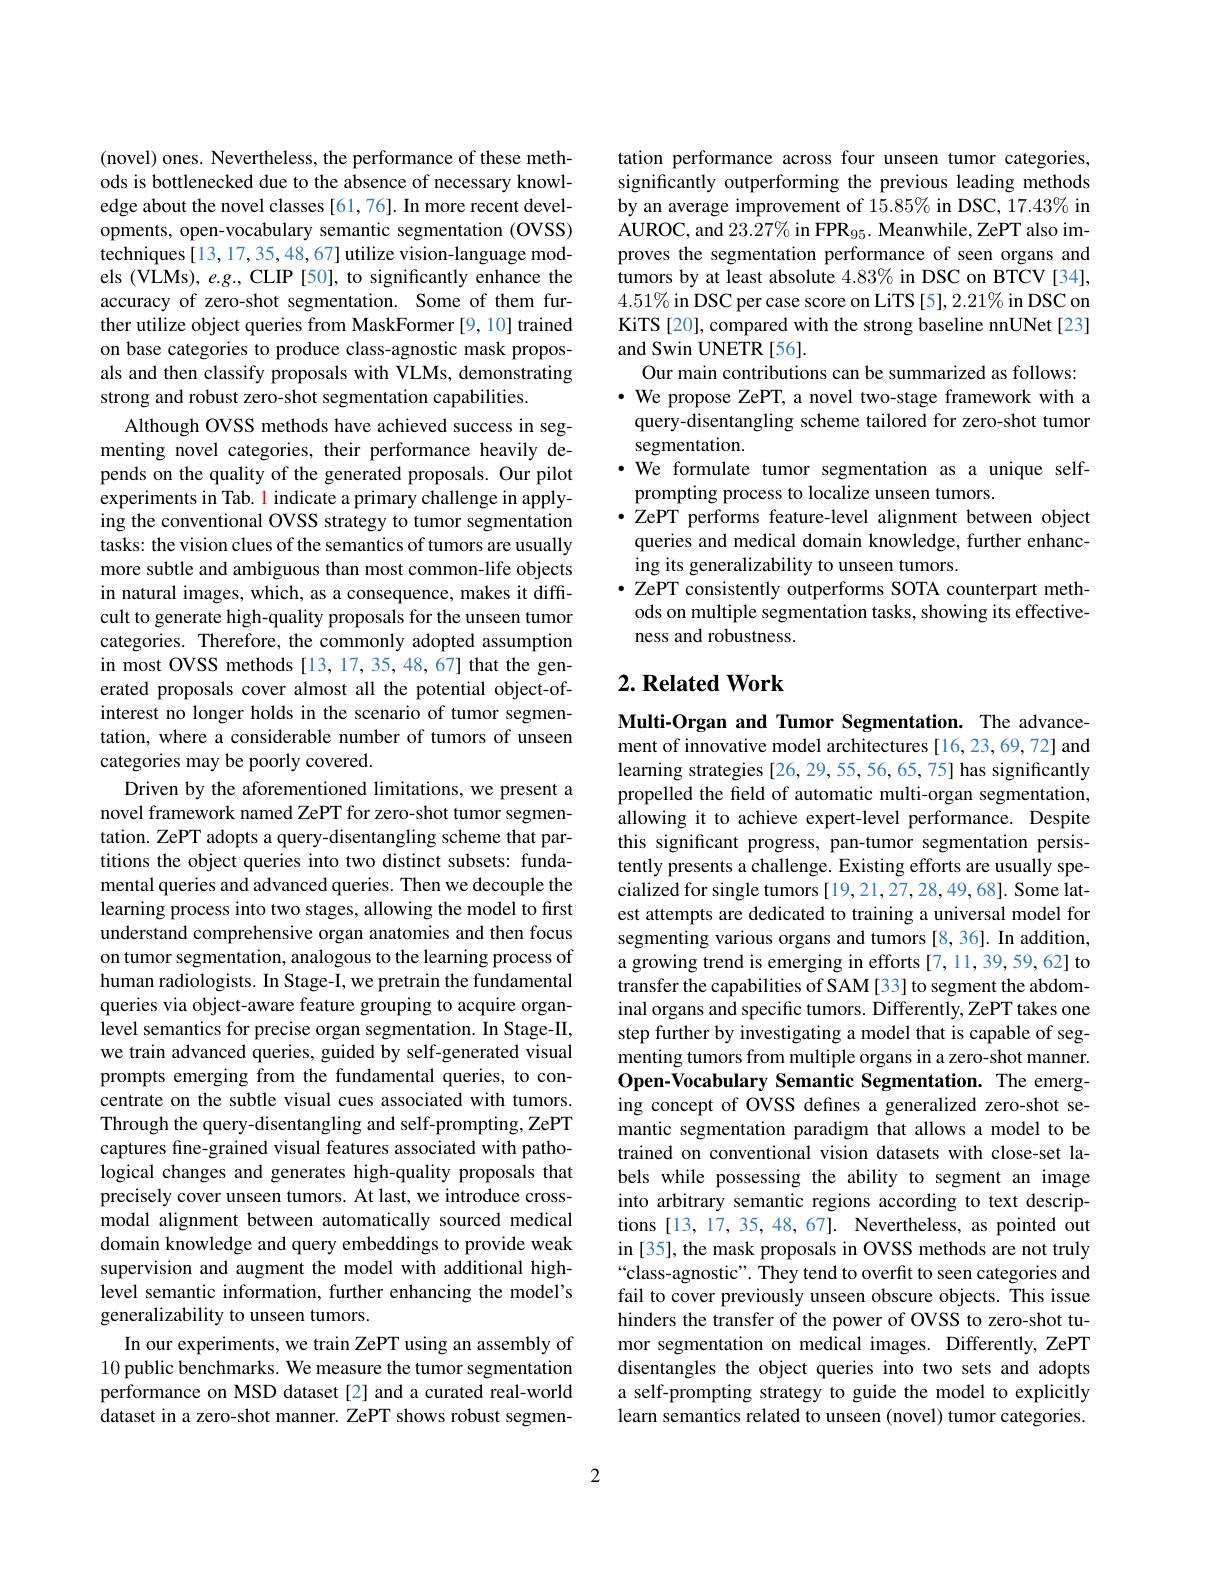
(novel) ones. Nevertheless, the performance of these methods is bottlenecked due to the absence of necessary knowledge about the novel classes [61,76]. In more recent developments, open-vocabulary semantic segmentation (OVSS) techniques [13, 17, 35, 48, 67] utilize vision-language models (VLMs), e.g., CLIP [50], to significantly enhance the accuracy of zero-shot segmentation. Some of them further utilize object queries from MaskFormer [9,10] trained on base categories to produce class-agnostic mask proposals and then classify proposals with VLMs, demonstrating strong and robust zero-shot segmentation capabilities.
Although OVSS methods have achieved success in segmenting novel categories, their performance heavily depends on the quality of the generated proposals. Our pilot experiments in Tab. l indicate a primary challenge in applying the conventional OVSS strategy to tumor segmentation tasks: the vision clues of the semantics of tumors are usually more subtle and ambiguous than most common-life objects in natural images, which, as a consequence, makes it difficult to generate high-quality proposals for the unseen tumor categories. Therefore, the commonly adopted assumption in most OVSS methods [13, 17, 35, 48, 67] that the generated proposals cover almost all the potential object-ofinterest no longer holds in the scenario of tumor segmentation, where a considerable number of tumors of unseen categories may be poorly covered.
Driven by the aforementioned limitations, we present a novel framework named ZePT for zero-shot tumor segmentation. ZePT adopts a query-disentangling scheme that partitions the object queries into two distinct subsets: fundamental queries and advanced queries. Then we decouple the learning process into two stages, allowing the model to first understand comprehensive organ anatomies and then focus on tumor segmentation, analogous to the learning process of human radiologists. In Stage-I, we pretrain the fundamental queries via object-aware feature grouping to acquire organlevel semantics for precise organ segmentation. In Stage-II, we train advanced queries, guided by self-generated visual prompts emerging from the fundamental queries, to concentrate on the subtle visual cues associated with tumors. Through the query-disentangling and self-prompting, ZePT captures fine-grained visual features associated with pathological changes and generates high-quality proposals that precisely cover unseen tumors. At last, we introduce crossmodal alignment between automatically sourced medical domain knowledge and query embeddings to provide weak supervision and augment the model with additional highlevel semantic information, further enhancing the model's generalizability to unseen tumors.
In our experiments, we train ZePT using an assembly of 10 public benchmarks. We measure the tumor segmentation performance on MSD dataset[2] and a curated real-world dataset in a zero-shot manner. ZePT shows robust segmen-

tation performance across four unseen tumor categories, significantly outperforming the previous leading methods by an average improvement of 15.85% in DSC, 17.43% in AUROC, and $23.27\%$ in FPR$_95.$ Meanwhile, ZePT also improves the segmentation performance of seen organs and tumors by at least absolute 4.83% in DSC on BTCV[34], $4.51\%$ in DSC per case score on LiTS [5], 2.21% in DSC on KiTS [20], compared with the strong baseline nnUNet[23] and Swin UNETR [56].
Our main contributions can be summarized as follows: $\cdot$ We propose ZePT, a novel two-stage framework with a query-disentangling scheme tailored for zero-shot tumor segmentation.
·We formulate tumor segmentation as a unique self-
prompting process to localize unseen tumors.
$\bullet$ ZePT performs feature-level alignment between object queries and medical domain knowledge, further enhancing its generalizability to unseen tumors.
$\bullet$ ZePT consistently outperforms SOTA counterpart meth-
ods on multiple segmentation tasks, showing its effective-
ness and robustness.

## $2. \textbf{Related Work}$

Multi-Organ and Tumor Segmentation. The advancement of innovative model architectures [16,23,69,72] and learning strategies [26, 29, 55, 56, 65, 75] has significantly propelled the field of automatic multi-organ segmentation, allowing it to achieve expert-level performance. Despite this significant progress, pan-tumor segmentation persistently presents a challenge. Existing efforts are usually specialized for single tumors [19,21,27,28,49,68]. Some latest attempts are dedicated to training a universal model for segmenting various organs and tumors [8,36]. In addition, a growing trend is emerging in efforts [7,11,39,59,62] to transfer the capabilities of SAM [33] to segment the abdominal organs and specific tumors. Differently, ZePT takes one step further by investigating a model that is capable of segmenting tumors from multiple organs in a zero-shot manner. Open-Vocabulary Semantic Segmentation. The emerging concept of OVSS defines a generalized zero-shot semantic segmentation paradigm that allows a model to be trained on conventional vision datasets with close-set labels while possessing the ability to segment an image into arbitrary semantic regions according to text descriptions [13, 17, 35, 48, 67]. Nevertheless, as pointed out in [35], the mask proposals in OVSS methods are not truly “class-agnostic". They tend to overfit to seen categories and fail to cover previously unseen obscure objects. This issue hinders the transfer of the power of OVSS to zero-shot tumor segmentation on medical images. Differently, ZePT disentangles the object queries into two sets and adopts a self-prompting strategy to guide the model to explicitly learn semantics related to unseen (novel) tumor categories.

2